Indian journal of veterinary science and animal husbandry - Volume 3,
Year: 1933
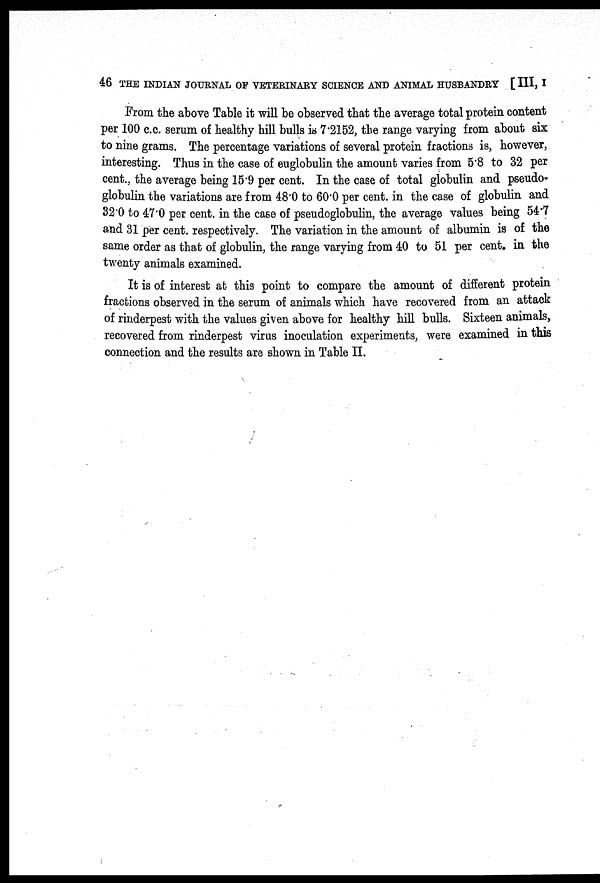
46 THE INDIAN JOURNAL OF VETERINARY SCIENCE AND ANIMAL HUSBANDRY [III, I
From the above Table it will be observed that the average total protein content
per 100 c.c. serum of healthy hill bulls is 7.2152, the range varying from about six
to nine grams. The percentage variations of several protein fractions is, however,
interesting. Thus in the case of euglobulin the amount varies from 5.8 to 32 per
cent., the average being 15.9 per cent. In the case of total globulin and pseudo-
globulin the variations are from 48.0 to 60.0 per cent. in the case of globulin and
32.0 to 47.0 per cent, in the case of pseudoglobulin, the average values being 54.7
and 31 per cent. respectively. The variation in the amount of albumin is of the
same order as that of globulin, the range varying from 40 to 51 per cent. in the
twenty animals examined.
It is of interest at this point to compare the amount of different protein
fractions observed in the serum of animals which have recovered from an attack
of rinderpest with the values given above for healthy hill bulls. Sixteen animals,
recovered from rinderpest virus inoculation experiments, were examined in this
connection and the results are shown in Table II.